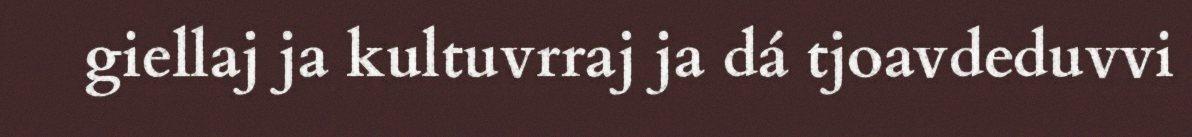
giellaj ja kultuvrraj ja dá tjoavdeduvvi